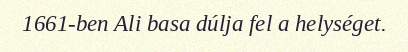
1661-ben Ali basa dúlja fel a helységet.